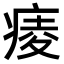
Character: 𤷖